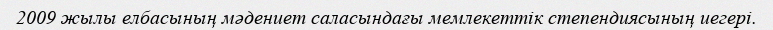
2009 жылы елбасының мәдениет саласындағы мемлекеттік степендиясының иегері.